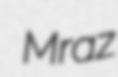
Mraz